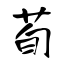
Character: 荀